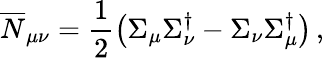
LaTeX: \overline{{{N}}}_{\mu\nu}=\frac{1}{2}\left(\Sigma_{\mu}\Sigma_{\nu}^{\dagger}-\Sigma_{\nu}\Sigma_{\mu}^{\dagger}\right)\, ,